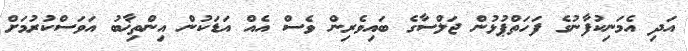
އަދި އެމަނިކުފާނުގެ ފަހަތްޕުޅުން ޖަލްސާގެ ބައިވެރިން ވެސް އެއް އަޑަކުން އިންތިޚާބު އަވަސްކުރުމަށް